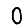
Digit: 0